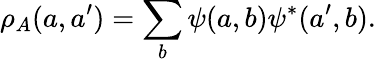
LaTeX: \rho_{A}(a,a^{\prime})=\sum_{b}\psi(a,b)\psi^{*}(a^{\prime},b).